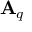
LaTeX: \mathbf { A } _ { q }